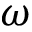
\omega